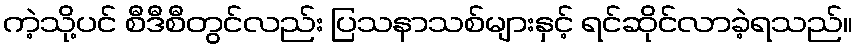
ကဲ့သို့ပင် စီဒီစီတွင်လည်း ပြသနာသစ်များနှင့် ရင်ဆိုင်လာခဲ့ရသည်။